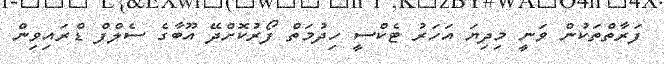
ފަރާތްތަކުން ވަނީ މިދިޔަ އަހަރު ޓެކްސީ ހިދުމަތް ފޯރުކޮށްދޭ އޫބާގެ ސެލްފް ޑްރައިވިން